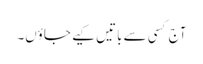
آج کسی سے باتیں کیے جاؤں۔